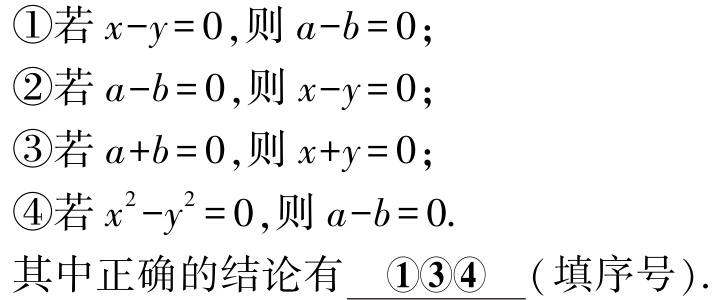
\textcircled{1}若\(x - y = 0\)，则\(a - b = 0\)；

\textcircled{2}若\(a - b = 0\)，则\(x - y = 0\)；

\textcircled{3}若\(a + b = 0\)，则\(x + y = 0\)；

\textcircled{4}若\(x^{2}-y^{2}=0\)，则\(a - b = 0\).

其中正确的结论有 \(\underline{\textcircled{1}\textcircled{3}\textcircled{4}}\) ( 填序号 ).